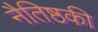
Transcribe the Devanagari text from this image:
नैतिष्ठकी